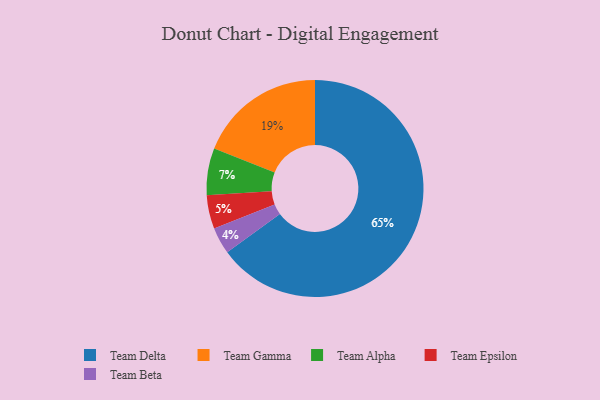
{"axis": {"x": "Category", "y": "Percentage"}, "legend": ["Team Alpha", "Team Beta", "Team Delta", "Team Epsilon", "Team Gamma"], "data": [{"x": "Team Epsilon", "y": 5, "type": "Team Epsilon"}, {"x": "Team Beta", "y": 4, "type": "Team Beta"}, {"x": "Team Alpha", "y": 7, "type": "Team Alpha"}, {"x": "Team Gamma", "y": 19, "type": "Team Gamma"}, {"x": "Team Delta", "y": 65, "type": "Team Delta"}]}